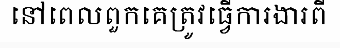
នៅពេលពួកគេត្រូវធ្វើការងារពី